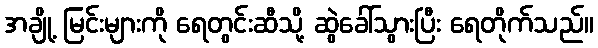
အချို့ မြင်းများကို ရေတွင်းဆီသို့ ဆွဲခေါ်သွားပြီး ရေတိုက်သည်။